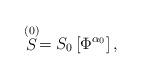
LaTeX: \begin{align*}\stackrel{(0)}{S}=S_0\left[ \Phi ^{\alpha _0}\right] ,\end{align*}